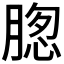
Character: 𮌢